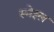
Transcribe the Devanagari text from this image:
स्मेइल